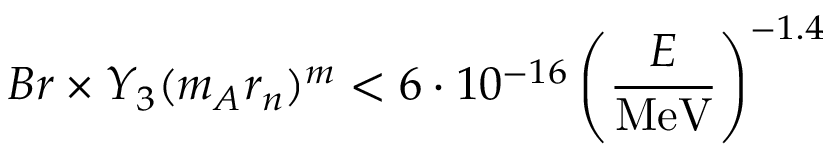
B r \times Y _ { 3 } ( m _ { A } r _ { n } ) ^ { m } < 6 \cdot 1 0 ^ { - 1 6 } \left( \frac { E } { \mathrm { M e V } } \right) ^ { - 1 . 4 }